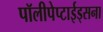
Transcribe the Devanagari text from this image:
पॉलीपेप्टाईड्सना